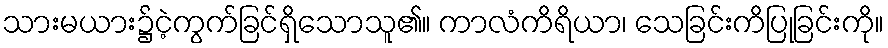
သားမယား၌ငဲ့ကွက်ခြင်ရှိသောသူ၏။ ကာလံကိရိယာ၊ သေခြင်းကိပြုခြင်းကို။